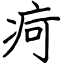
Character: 疴